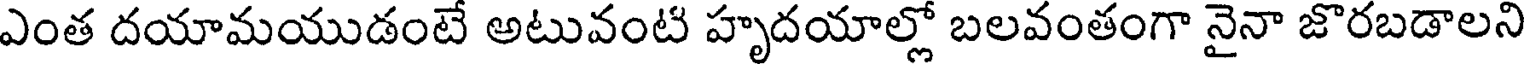
ఎంత దయామయుడంటే అటువంటి హృదయాల్లో బలవంతంగా నైనా జొరబడాలని